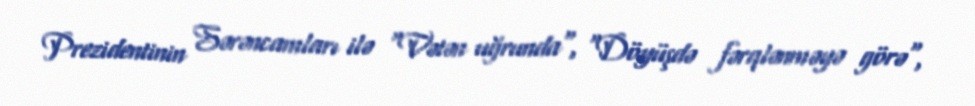
Prezidentinin Sərəncamları ilə "Vətən uğrunda", "Döyüşdə fərqlənməyə görə",